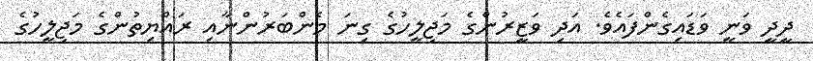
ދީދީ ވަނީ ވަޑައިގެންފައެވެ. އަދި ވަޒީރުންގެ މަޖިލީހުގެ ގިނަ މެންބަރުންނާއި ރައްޔިތުންގެ މަޖިލީހުގެ